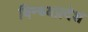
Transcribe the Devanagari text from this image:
विन्ध्यप्रदेश